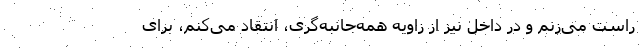
راست می‌زنم و در داخل نیز از زاویه همه‌جانبه‌گری، انتقاد می‌کنم، برای